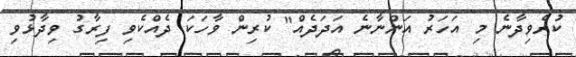
ކުރެވިދާނެ މި އަހަރު އަންނާނެ އަދަދެއް" ކުރިން ވާހަކަ ދެއްކެވި ފިރާގު ވިދާޅުވި